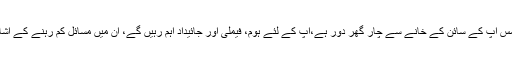
سیارہ شمس آپ کے سائن کے خانے سے چار گھر دور ہے،آپ کے لئے ہوم، فیملی اور جائیداد اہم رہیں گے، ان میں مسائل کم رہنے کے اشارے ہیں۔